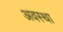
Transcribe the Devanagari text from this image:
अवस्‍था